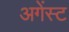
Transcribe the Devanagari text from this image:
अगेंस्‍ट